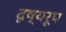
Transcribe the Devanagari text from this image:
दृष्यरूप